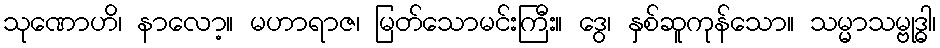
သုဏောဟိ၊ နာလော့။ မဟာရာဇ၊ မြတ်သောမင်းကြီး။ ဒွေ၊ နှစ်ဆူကုန်သော။ သမ္မာသမ္ဗုဒ္ဓါ၊